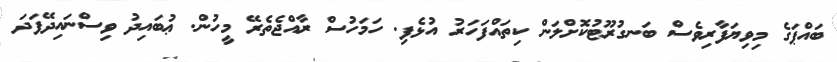
ބައްޕަގެ މިވިޔަފާރިވެސް ބަނގުރޫޓުކޮށްލަން ކިތައްފަހަރު އުޅެފި. ހަމަހުސް ރާއްޖެތެރޭ މީހުން. ޢުބައިދު ވިސްނައިދޭފަދަ